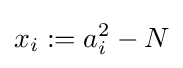
x_{i}:=a_{i}^{2}-N